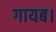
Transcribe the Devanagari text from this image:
गायब।